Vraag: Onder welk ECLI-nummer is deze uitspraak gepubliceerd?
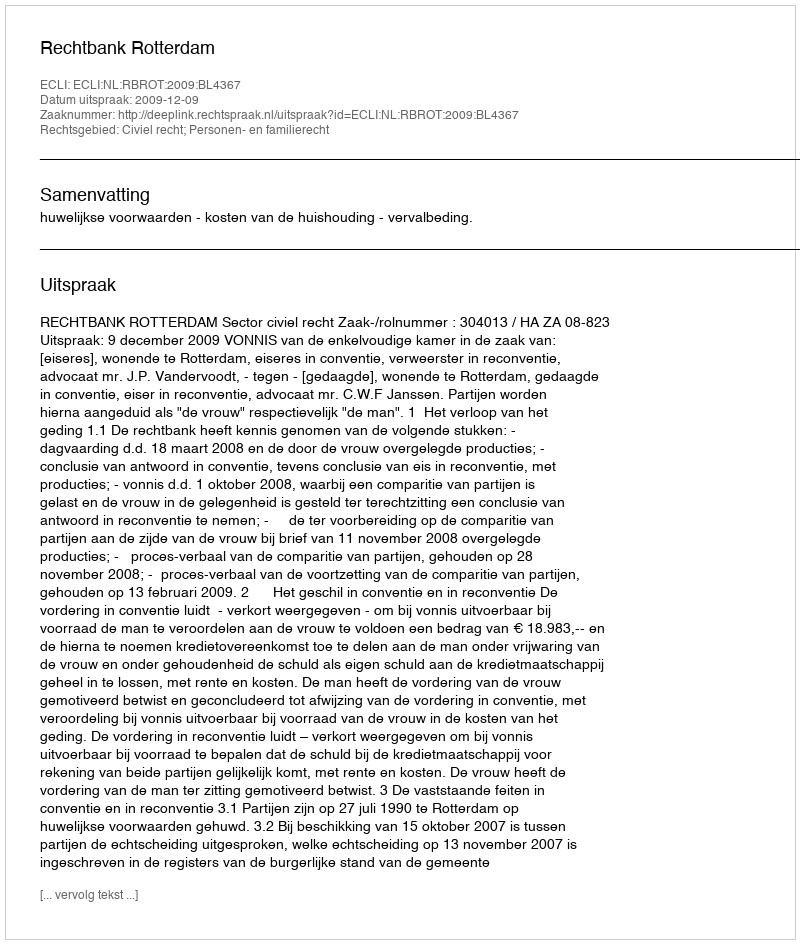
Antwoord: ECLI:NL:RBROT:2009:BL4367